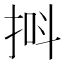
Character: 𪭸